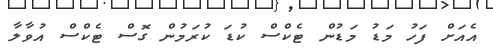
އެއަށް ފަހު މަޑު މަޑުން ޓެކްސް ކުޑަ ކުރަމުން ގޮސް ޓެކްސް އުވާލާ